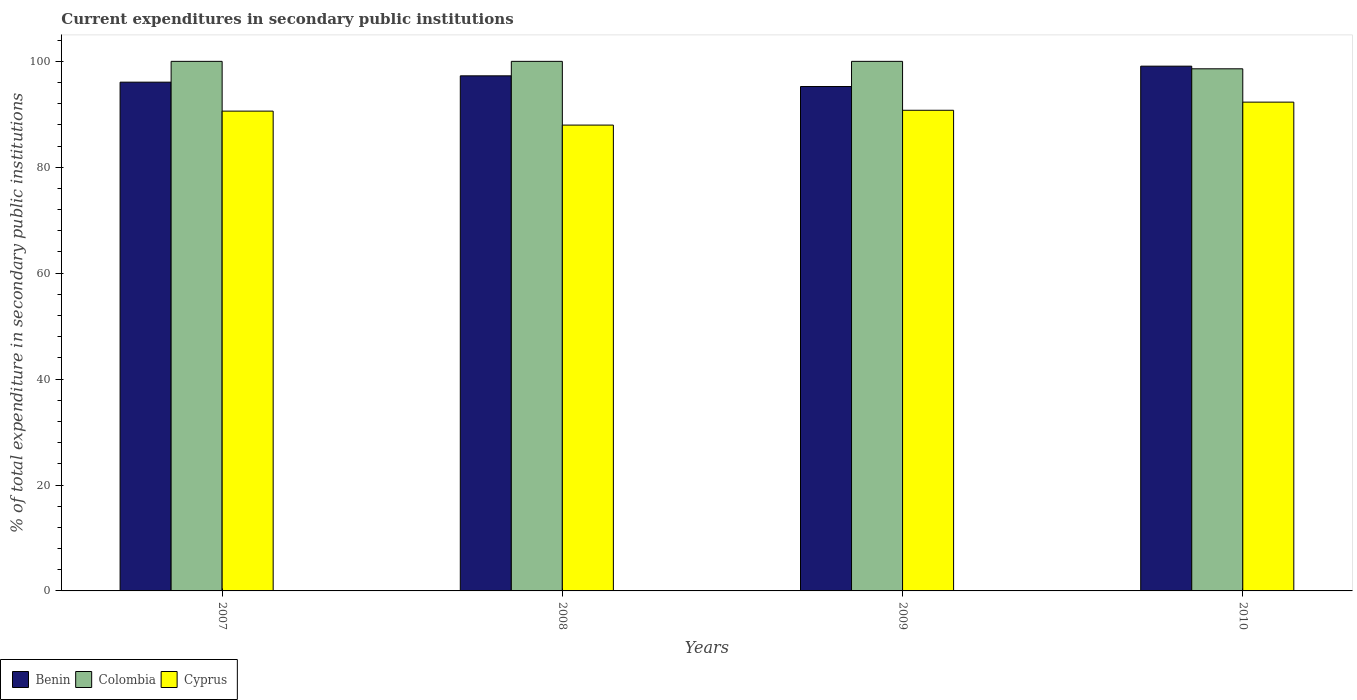
| Years | Benin | Colombia | Cyprus |
 | --- | --- | --- | --- |
 | 2007 | 96.1 | 100 | 90.6 |
 | 2008 | 97.3 | 100 | 88 |
 | 2009 | 95.2 | 100 | 90.8 |
 | 2010 | 99.1 | 98.6 | 92.3 |